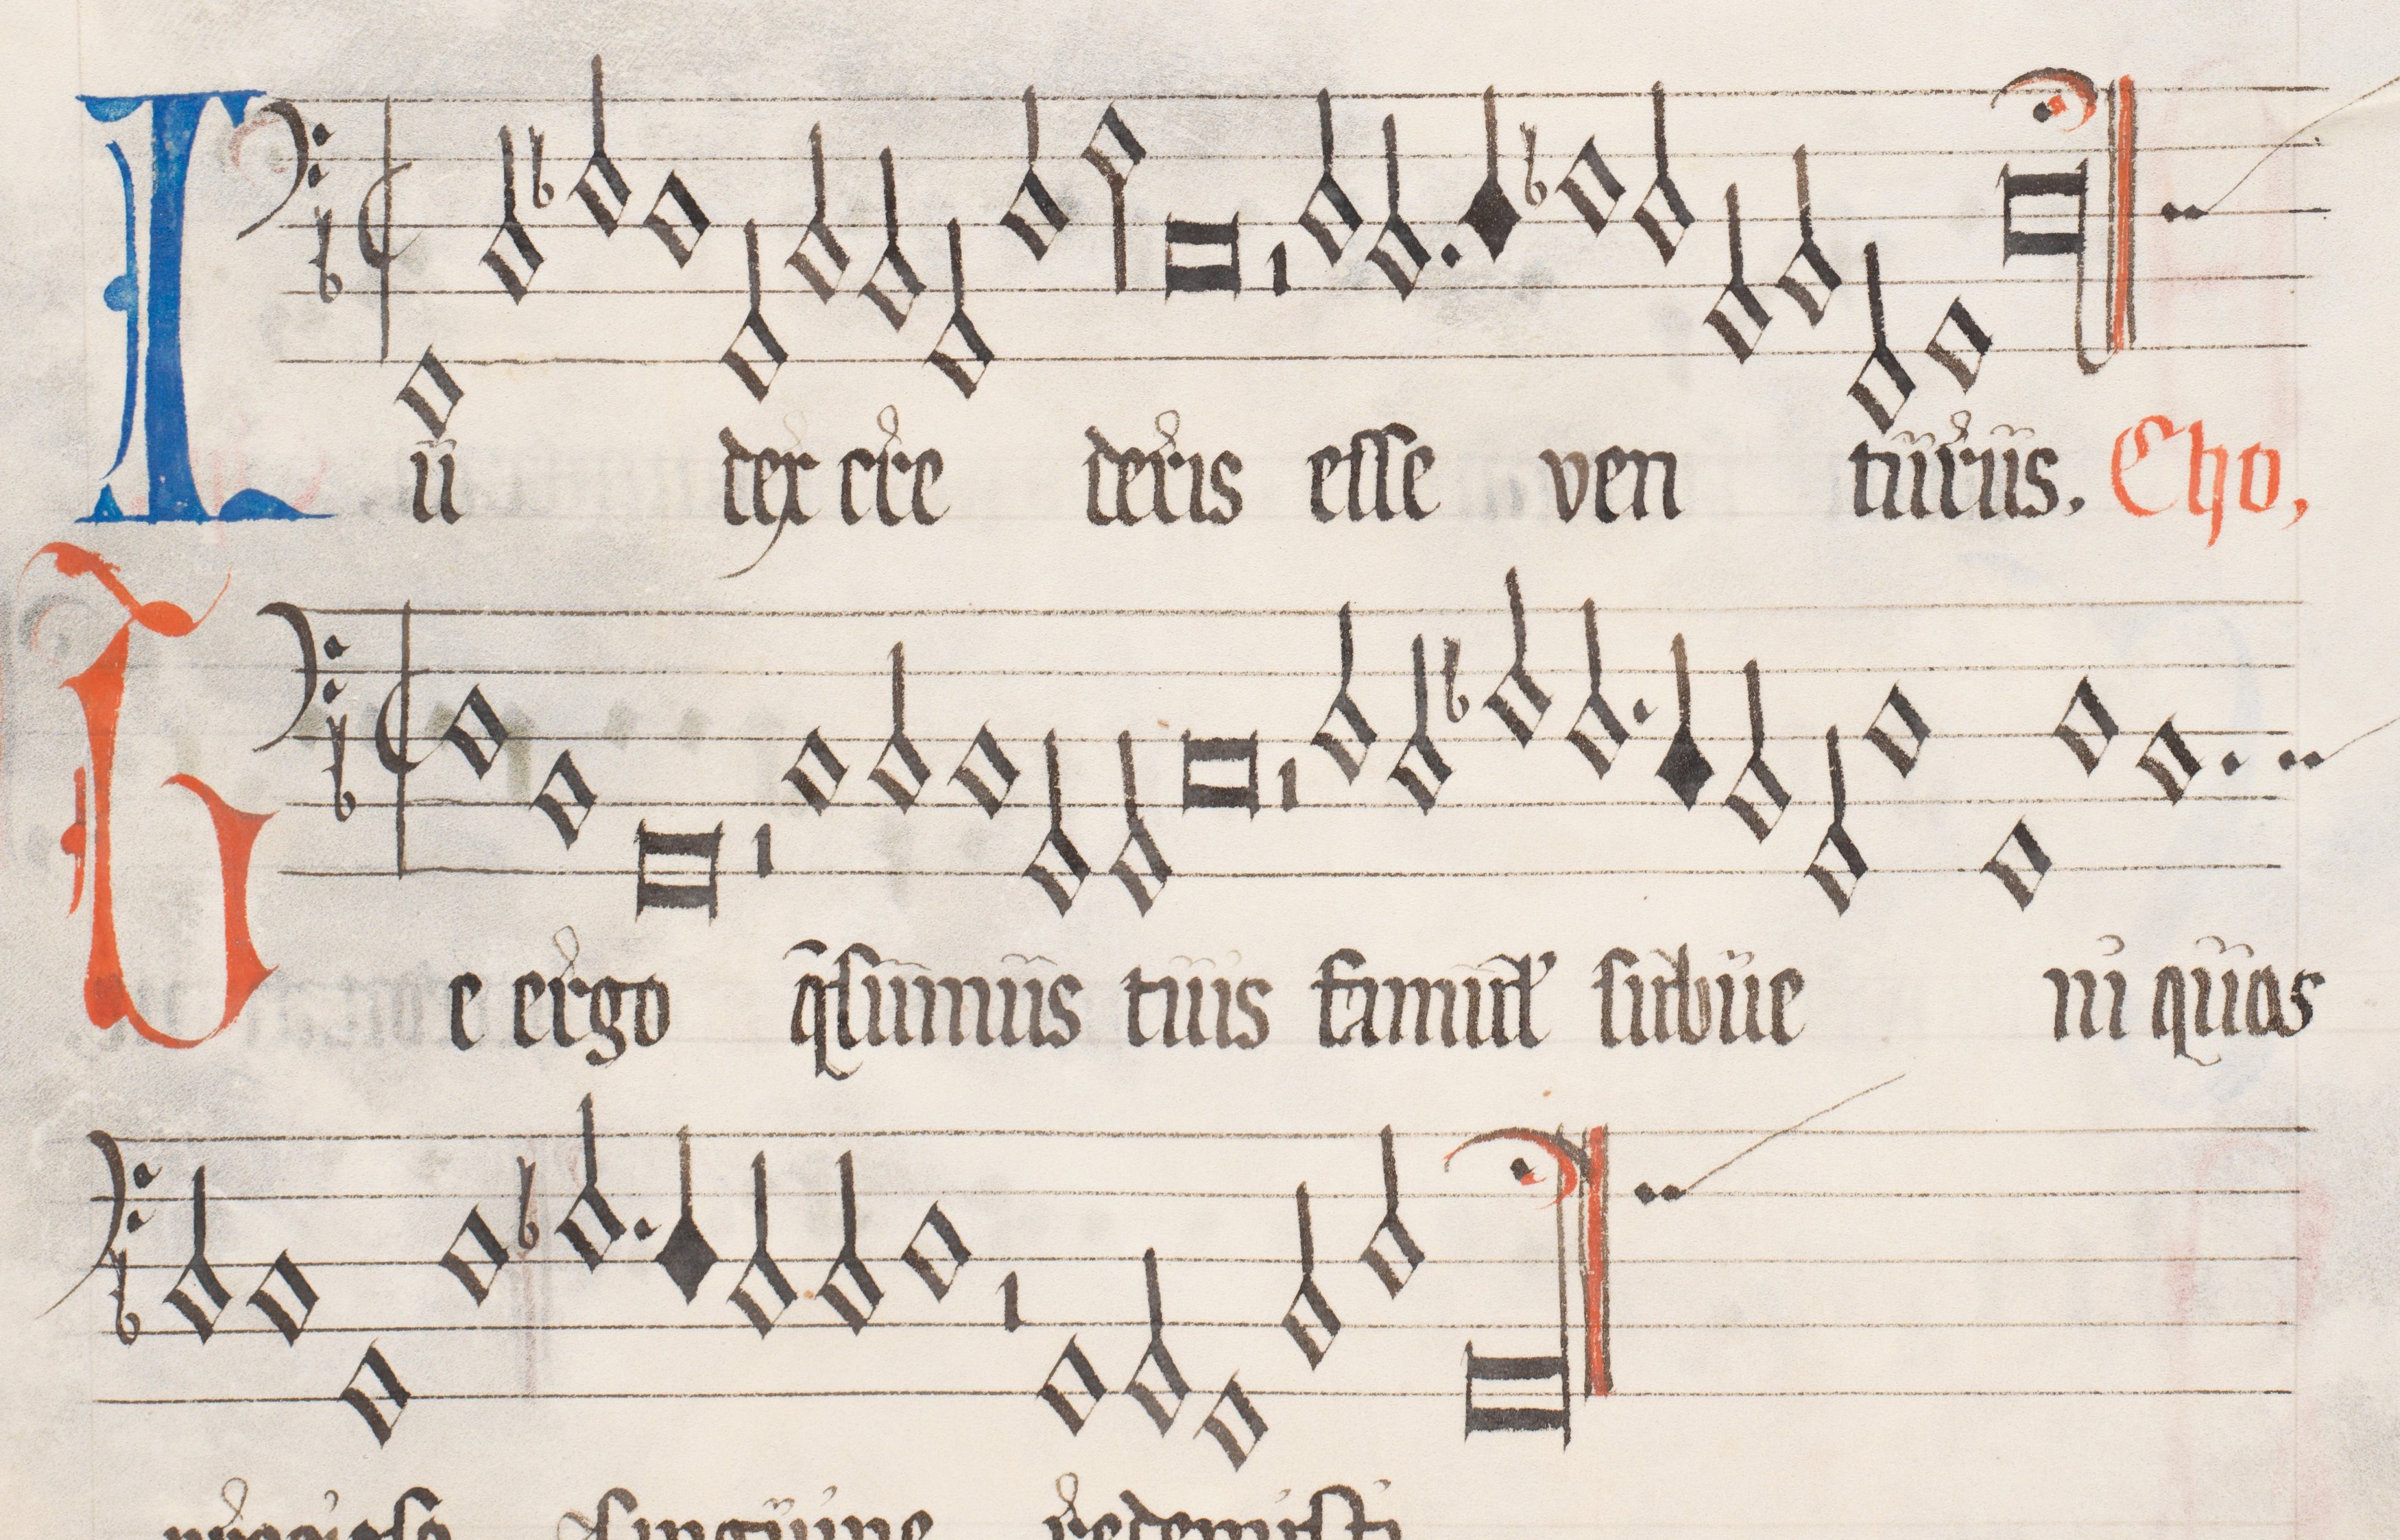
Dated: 1562–1564